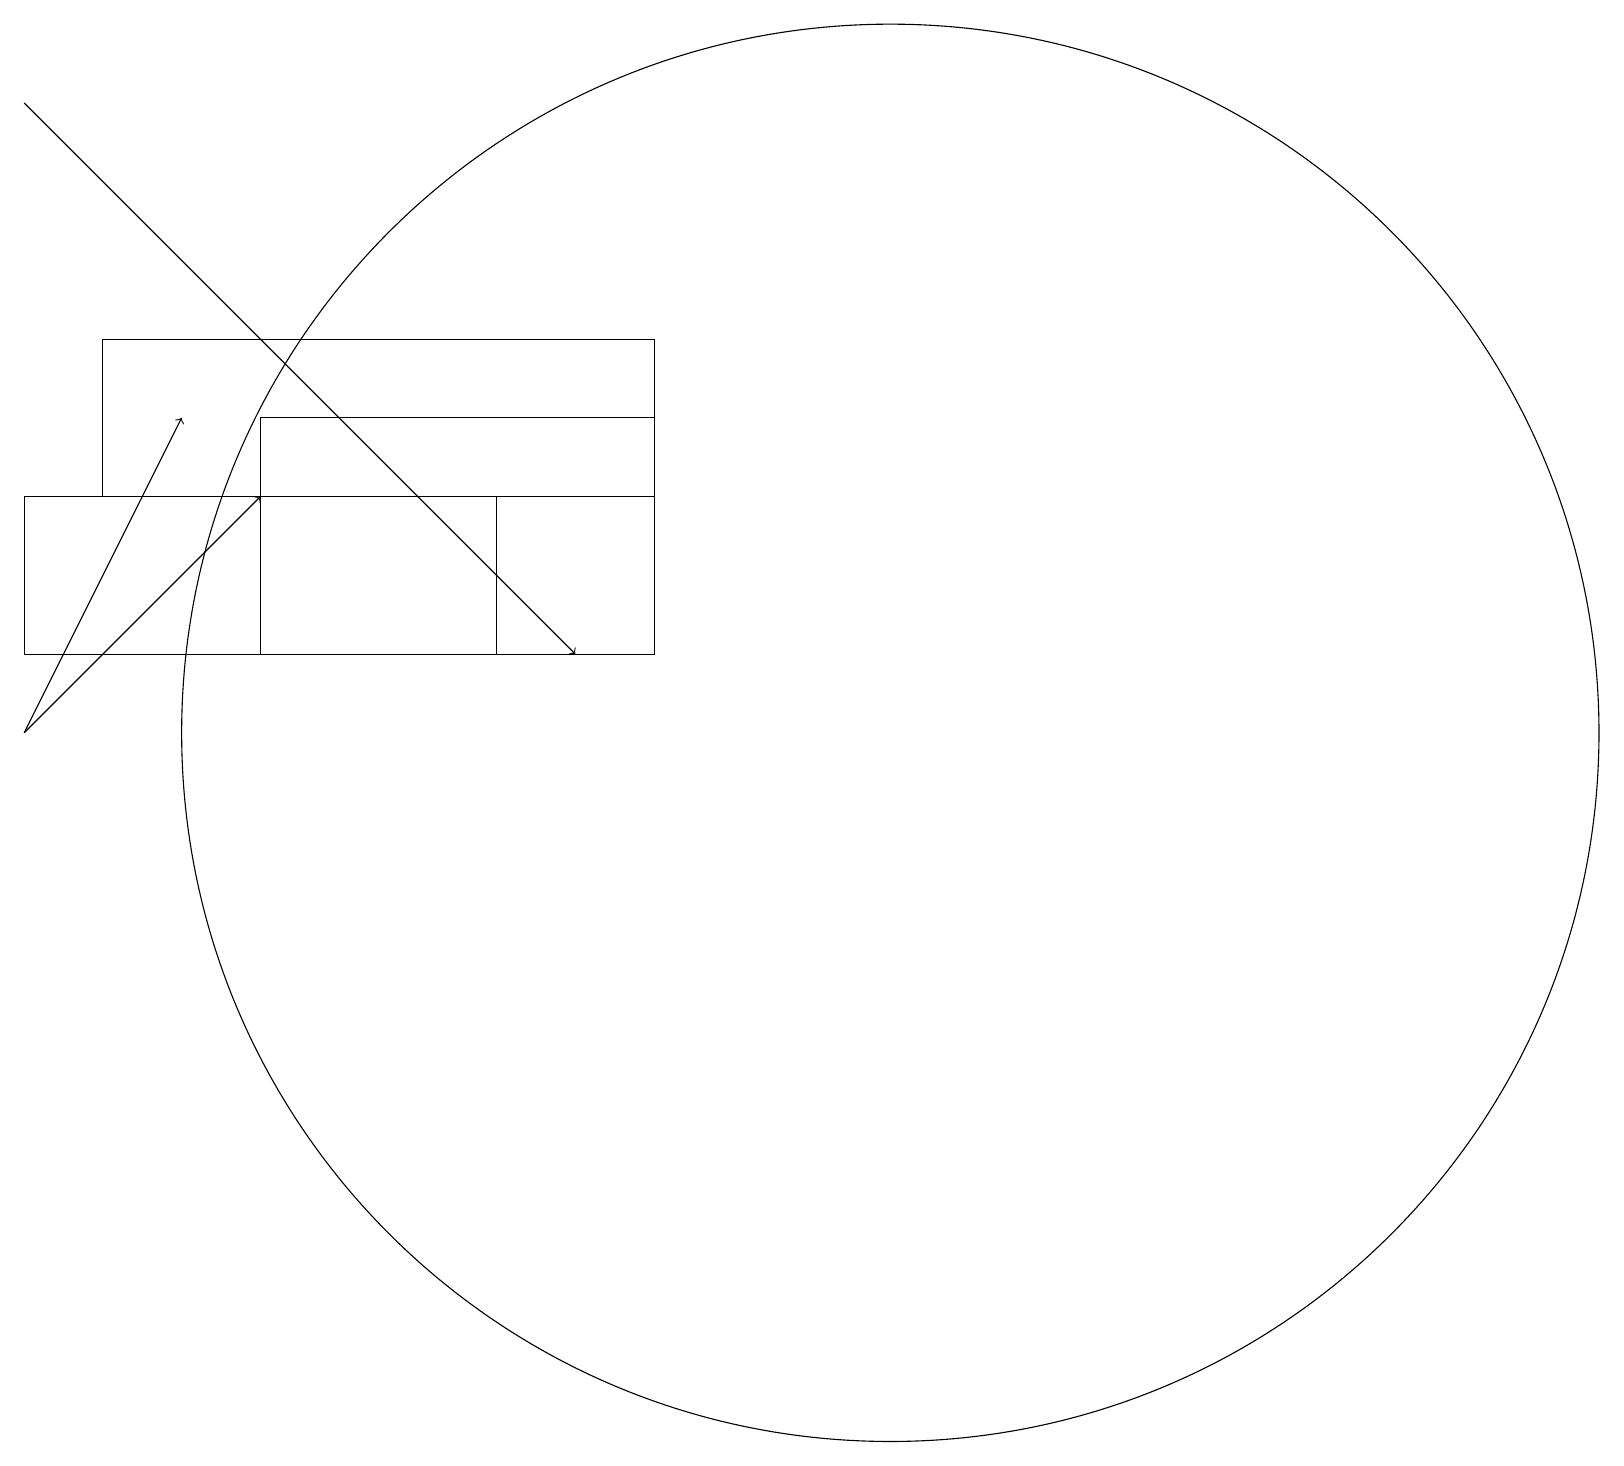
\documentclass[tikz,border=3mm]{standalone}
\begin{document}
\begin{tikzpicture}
\draw[->] (1,10) -- (4,13);
\draw (9,14) rectangle (4,11);
\draw[->] (1,18) -- (8,11);
\draw (9,13) rectangle (2,15);
\draw (12,10) circle (9);
\draw[->] (1,10) -- (3,14);
\draw (11,10) circle (0);
\draw (7,11) rectangle (1,13);
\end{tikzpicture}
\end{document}